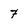
Character: 7